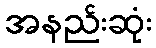
အနည်းဆုံး